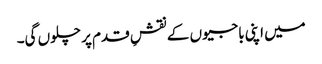
میں اپنی باجیوں کے نقشِ قدم پر چلوں گی۔